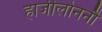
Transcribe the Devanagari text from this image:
हाजीलोननौ